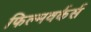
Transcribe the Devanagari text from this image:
फिल्मवर्कर्स